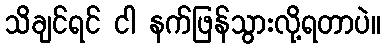
သိချင်ရင် ငါ နက်ဖြန်သွားလို့ရတာပဲ။